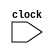
`timescale 1ps/1ps
module clock_freq(clock);
input clock;
endmodule